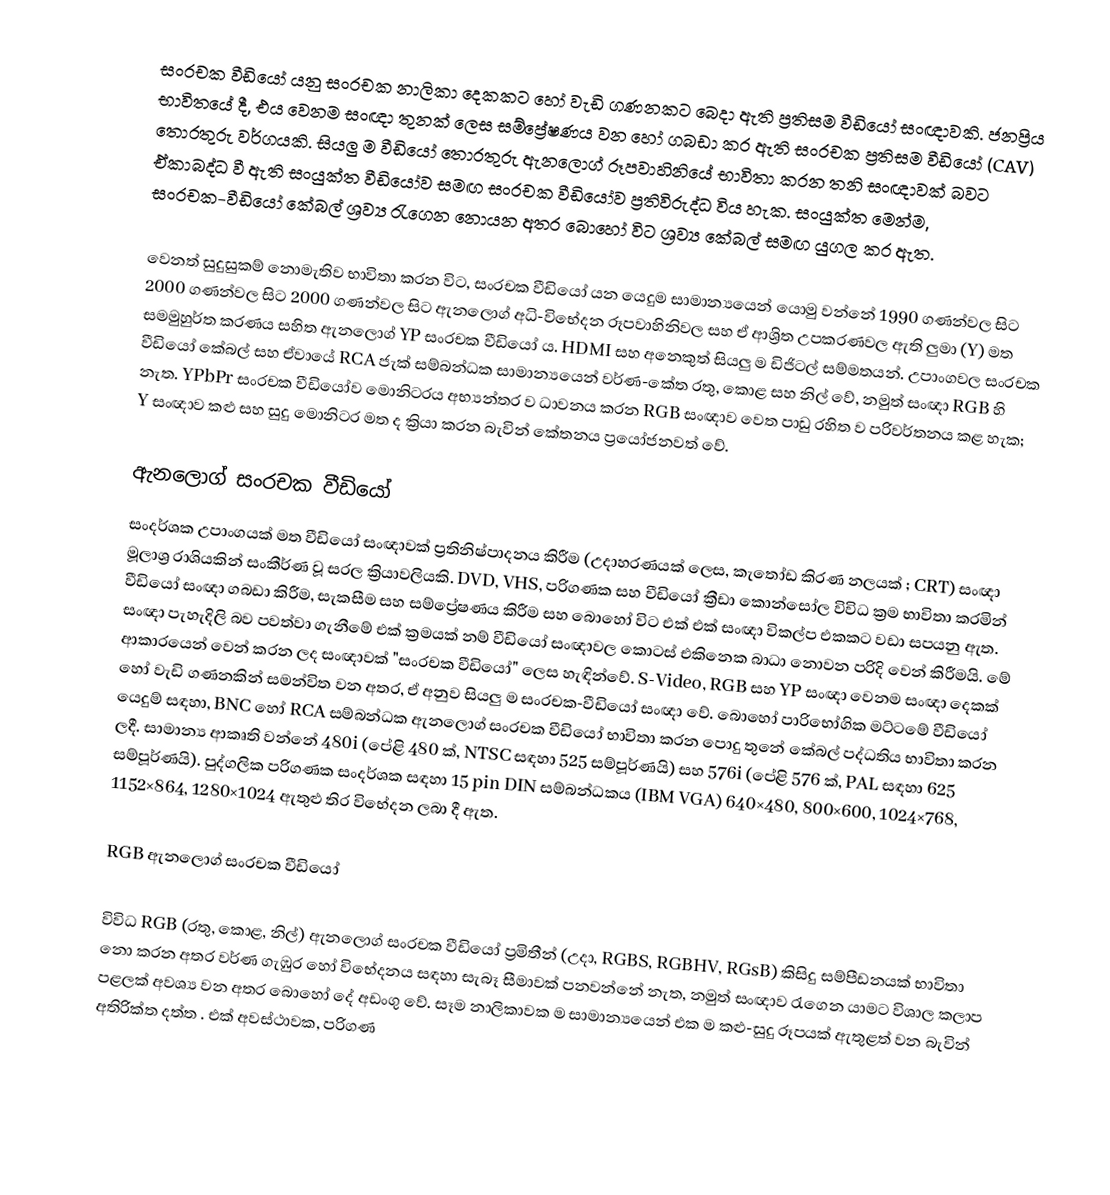
සංරචක වීඩියෝ යනු සංරචක නාලිකා දෙකකට හෝ වැඩි ගණනකට බෙදා ඇති ප්‍රතිසම වීඩියෝ සංඥාවකි. ජනප්‍රිය භාවිතයේ දී, එය වෙනම සංඥා තුනක් ලෙස සම්ප්‍රේෂණය වන හෝ ගබඩා කර ඇති සංරචක ප්‍රතිසම වීඩියෝ (CAV) තොරතුරු වර්ගයකි. සියලු ම වීඩියෝ තොරතුරු ඇනලොග් රූපවාහිනියේ භාවිතා කරන තනි සංඥාවක් බවට ඒකාබද්ධ වී ඇති සංයුක්ත වීඩියෝව සමඟ සංරචක වීඩියෝව ප්‍රතිවිරුද්ධ විය හැක. සංයුක්ත මෙන්ම, සංරචක-වීඩියෝ කේබල් ශ්‍රව්‍ය රැගෙන නොයන අතර බොහෝ විට ශ්‍රව්‍ය කේබල් සමඟ යුගල කර ඇත.

වෙනත් සුදුසුකම් නොමැතිව භාවිතා කරන විට, සංරචක වීඩියෝ යන යෙදුම සාමාන්‍යයෙන් යොමු වන්නේ 1990 ගණන්වල සිට 2000 ගණන්වල සිට 2000 ගණන්වල සිට ඇනලොග් අධි-විභේදන රූපවාහිනිවල සහ ඒ ආශ්‍රිත උපකරණවල ඇති ලුමා (Y) මත සමමුහුර්ත කරණය සහිත ඇනලොග් YP    සංරචක වීඩියෝ ය. HDMI සහ අනෙකුත් සියලු ම ඩිජිටල් සම්මතයන්. උපාංගවල සංරචක වීඩියෝ කේබල් සහ ඒවායේ RCA ජැක් සම්බන්ධක සාමාන්‍යයෙන් වර්ණ-කේත රතු, කොළ සහ නිල් වේ, නමුත් සංඥා RGB හි නැත. YPbPr සංරචක වීඩියෝව මොනිටරය අභ්‍යන්තර ව ධාවනය කරන RGB සංඥාව වෙත පාඩු රහිත ව පරිවර්තනය කළ හැක; Y සංඥාව කළු සහ සුදු මොනිටර මත ද ක්‍රියා කරන බැවින් කේතනය ප්‍රයෝජනවත් වේ.

ඇනලොග් සංරචක වීඩියෝ
සංදර්ශක උපාංගයක් මත වීඩියෝ සංඥාවක් ප්‍රතිනිෂ්පාදනය කිරීම (උදාහරණයක් ලෙස, කැතෝඩ කිරණ නලයක් ; CRT) සංඥා මූලාශ්‍ර රාශියකින් සංකීර්ණ වූ සරල ක්‍රියාවලියකි. DVD, VHS, පරිගණක සහ වීඩියෝ ක්‍රීඩා කොන්සෝල විවිධ ක්‍රම භාවිතා කරමින් වීඩියෝ සංඥා ගබඩා කිරීම, සැකසීම සහ සම්ප්‍රේෂණය කිරීම සහ බොහෝ විට එක් එක් සංඥා විකල්ප එකකට වඩා සපයනු ඇත. සංඥා පැහැදිලි බව පවත්වා ගැනීමේ එක් ක්‍රමයක් නම් වීඩියෝ සංඥාවල කොටස් එකිනෙක බාධා නොවන පරිදි වෙන් කිරීමයි. මේ ආකාරයෙන් වෙන් කරන ලද සංඥාවක් "සංරචක වීඩියෝ" ලෙස හැඳින්වේ. S-Video, RGB සහ YP    සංඥා වෙනම සංඥා දෙකක් හෝ වැඩි ගණනකින් සමන්විත වන අතර, ඒ අනුව සියලු ම සංරචක-වීඩියෝ සංඥා වේ. බොහෝ පාරිභෝගික මට්ටමේ වීඩියෝ යෙදුම් සඳහා, BNC හෝ RCA සම්බන්ධක ඇනලොග් සංරචක වීඩියෝ භාවිතා කරන පොදු තුනේ කේබල් පද්ධතිය භාවිතා කරන ලදී. සාමාන්‍ය ආකෘති වන්නේ 480i (පේළි 480 ක්, NTSC සඳහා 525 සම්පූර්ණයි) සහ 576i (පේළි 576 ක්, PAL සඳහා 625 සම්පූර්ණයි). පුද්ගලික පරිගණක සංදර්ශක සඳහා 15 pin DIN සම්බන්ධකය (IBM VGA) 640×480, 800×600, 1024×768, 1152×864, 1280×1024 ඇතුළු තිර විභේදන ලබා දී ඇත.

RGB ඇනලොග් සංරචක වීඩියෝ

විවිධ RGB (රතු, කොළ, නිල්) ඇනලොග් සංරචක වීඩියෝ ප්‍රමිතීන් (උදා, RGBS, RGBHV, RGsB) කිසිදු සම්පීඩනයක් භාවිතා නො කරන අතර වර්ණ ගැඹුර හෝ විභේදනය සඳහා සැබෑ සීමාවක් පනවන්නේ නැත, නමුත් සංඥාව රැගෙන යාමට විශාල කලාප පළලක් අවශ්‍ය වන අතර බොහෝ දේ අඩංගු වේ. සෑම නාලිකාවක ම සාමාන්‍යයෙන් එක ම කළු-සුදු රූපයක් ඇතුළත් වන බැවින් අතිරික්ත දත්ත . එක් අවස්ථාවක, පරිගණ